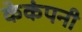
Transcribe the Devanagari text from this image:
केकंपनी